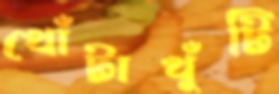
খোঁটাখুঁটি